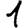
Digit: 1